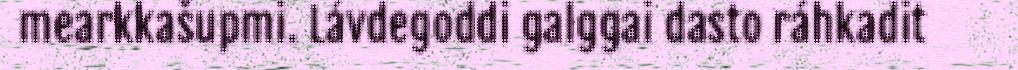
mearkkašupmi. Lávdegoddi galggai dasto ráhkadit